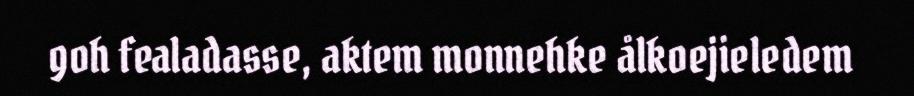
goh fealadasse, aktem monnehke ålkoejieledem